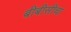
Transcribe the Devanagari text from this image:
बीबीसीचा